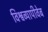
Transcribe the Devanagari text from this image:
विश्वव्यापीवेब